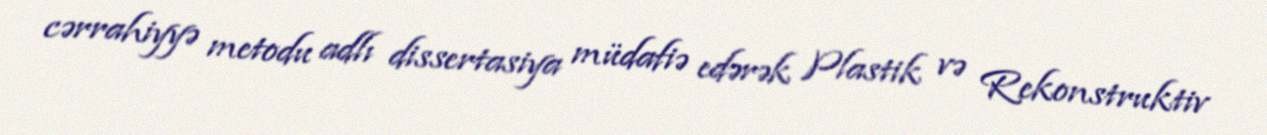
cərrahiyyə metodu adlı dissertasiya müdafiə edərək Plastik və Rekonstruktiv